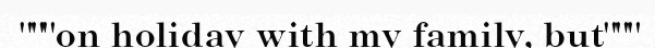
"""on holiday with my family, but"""